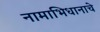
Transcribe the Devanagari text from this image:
नामाभिधानाचे